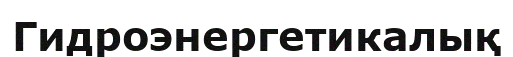
Гидроэнергетикалық